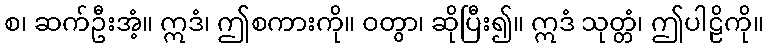
စ၊ ဆက်ဦးအံ့။ ဣဒံ၊ ဤစကားကို။ ဝတွာ၊ ဆိုပြီး၍။ ဣဒံ သုတ္တံ၊ ဤပါဠိကို။